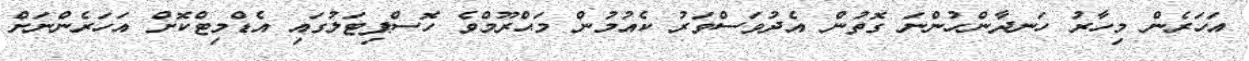
އަހަރެން މިހާރު ހަނދާންހުންނަ ގޮތުން އެދުވަސްވަރު ކެއުމުން މަޙްރޫމްވެ ހޮސްޕިޓަލުގައި އެޑްމިޓްކޮށް އަހަރެންނަށް